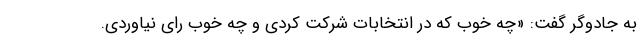
به جادوگر گفت: «چه خوب که در انتخابات شرکت کردی و چه خوب رای نیاوردی.